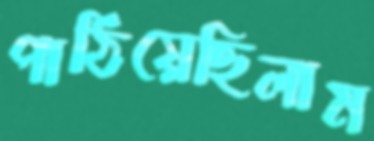
পাঠিয়েছিলাম